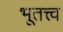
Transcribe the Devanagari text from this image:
भूतत्त्व